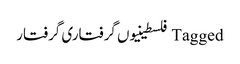
Tagged فلسطینیوں گرفتاری گرفتار